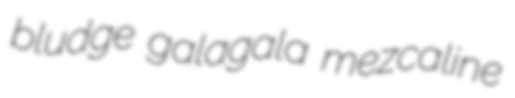
bludge galagala mezcaline